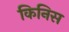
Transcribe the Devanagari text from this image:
किनिस